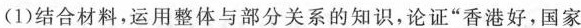
(1)结合材料，运用整体与部分关系的知识，论证”香港好，国家